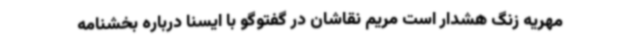
مهریه زنگ هشدار است مریم نقاشان در گفتوگو با ایسنا درباره بخشنامه